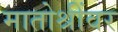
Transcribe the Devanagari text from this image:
मातोश्रींवर